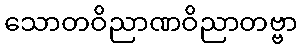
သောတဝိညာဏဝိညာတဗ္ဗာ